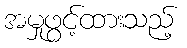
အမှုဖွင့်ထားသည့်